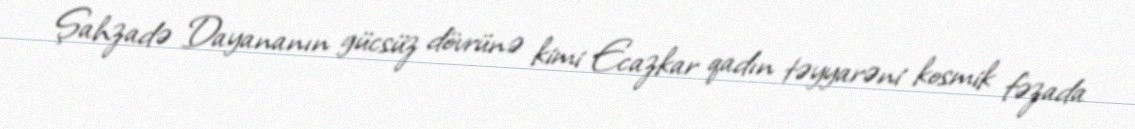
Şahzadə Dayananın gücsüz dövrünə kimi Ecazkar qadın təyyarəni kosmik fəzada